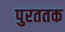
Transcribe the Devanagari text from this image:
पुरततक